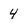
Character: 4